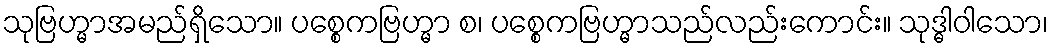
သုဗြဟ္မာအမည်ရှိသော။ ပစ္စေကဗြဟ္မာ စ၊ ပစ္စေကဗြဟ္မာသည်လည်းကောင်း။ သုဒ္ဓါဝါသော၊